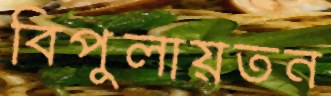
বিপুলায়তন